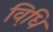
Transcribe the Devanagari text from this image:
विधि़